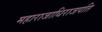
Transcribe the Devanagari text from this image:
महाराजाधिराजपति